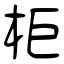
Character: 柜